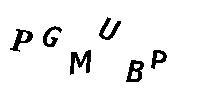
PGMUBP